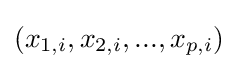
(x_{1,i},x_{2,i},...,x_{p,i})